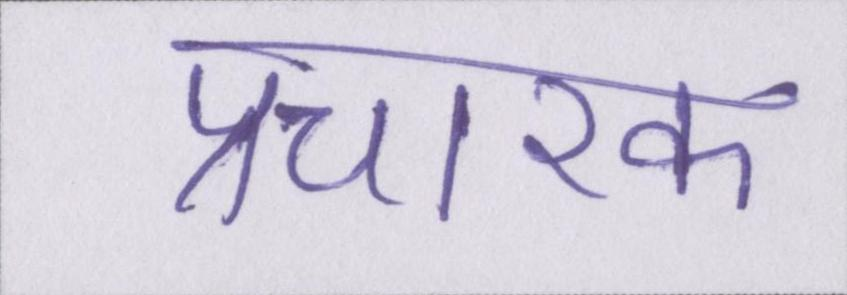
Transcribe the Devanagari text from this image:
प्रचारक